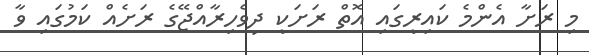
މި ރަށާ އެންމެ ކައިރީގައި އޮތް ރަށަކީ ދިވެހިރާއްޖޭގެ ރަށެއް ކަމުގައި ވާ